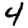
Digit: 4